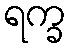
ရက္ခ